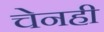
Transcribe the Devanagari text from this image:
चेनही